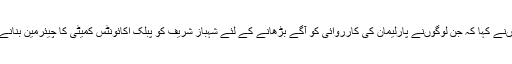
انہوں نے ایک سوال کے جواب میں انہوںنے کہا کہ جن لوگوںنے پارلیمان کی کارروائی کو آگے بڑھانے کے لئے شہباز شریف کو پبلک اکائونٹس کمیٹی کا چیئرمین بنانے کامشورہ دیا انہوں نے صحیح نہیں کیا ۔